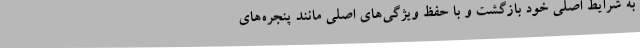
به شرایط اصلی خود بازگشت و با حفظ ویژگی‌های اصلی مانند پنجره‌های